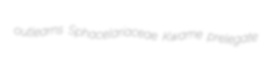
outlearns Sphacelariaceae Kwame prelegate